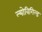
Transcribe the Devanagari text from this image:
ल्योविगिल्ड